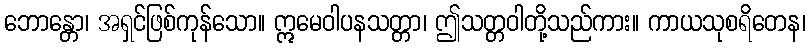
ဘောန္တော၊ အရှင်ဖြစ်ကုန်သော။ ဣမေဝါပနသတ္တာ၊ ဤသတ္တဝါတို့သည်ကား။ ကာယသုစရိတေန၊